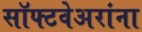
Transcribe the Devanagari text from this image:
सॉफ्टवेअरांना